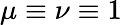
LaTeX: \mu\equiv\nu\equiv 1